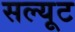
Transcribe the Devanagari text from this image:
सल्यूट